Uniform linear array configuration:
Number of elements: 64
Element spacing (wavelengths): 0.25
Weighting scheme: exponential
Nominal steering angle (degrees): -45
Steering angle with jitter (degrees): -45.325
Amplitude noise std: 0.05
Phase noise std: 0.05

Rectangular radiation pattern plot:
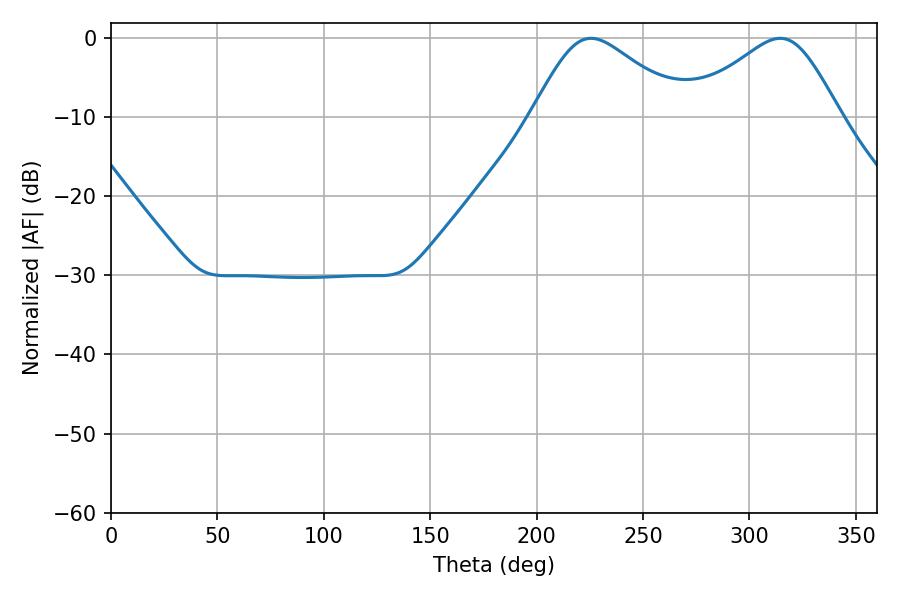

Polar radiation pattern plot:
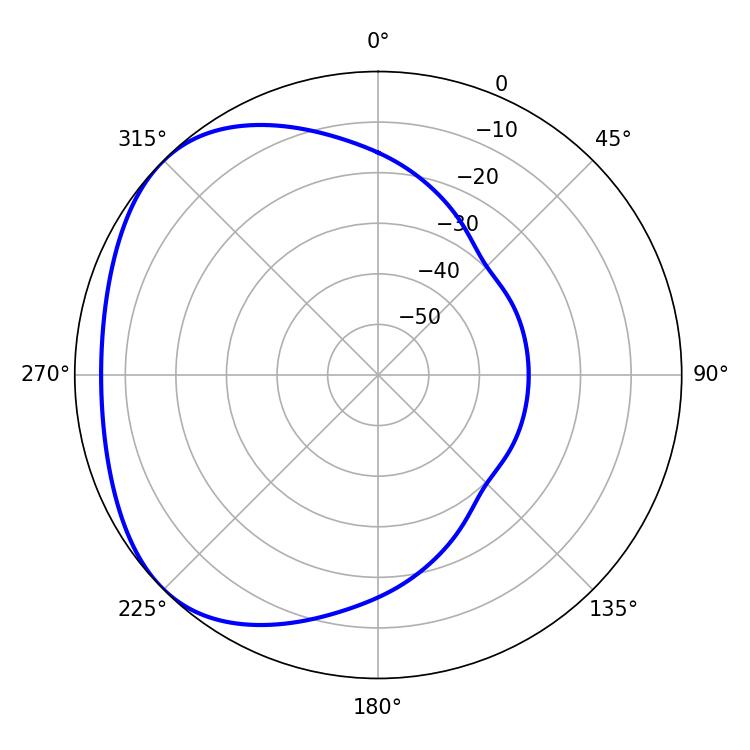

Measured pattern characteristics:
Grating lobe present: FALSE
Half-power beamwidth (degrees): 35.46
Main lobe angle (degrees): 225.54